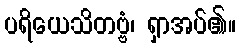
ပရိယေသိတဗ္ဗံ၊ ရှာအပ်၏။